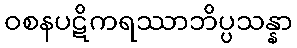
ဝစနပဋိကရဿာဘိပ္ပသန္နာ